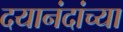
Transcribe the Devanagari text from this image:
दयानंदांच्या